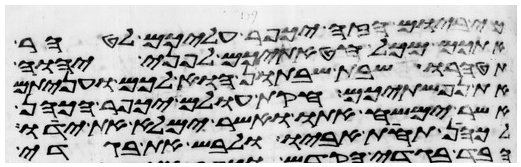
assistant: כי ביום הזה יכפר עליכם לטהר
אתכם מכל חטאתיכם לפני יהוה
תטהרו שבת שבתון הוא לכם ועניתם
את נפשתיכם חקות עולם יכפר הכהן
אשר ימשח אתו ואשר ימלא את ידו
לכהן תחת אביו ולבש את בגדי